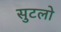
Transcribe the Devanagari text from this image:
सुटलो